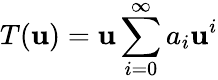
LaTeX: T(\mathbf{u})=\mathbf{u}\sum_{i=0}^{\infty}a_{i}\mathbf{u}^{i}